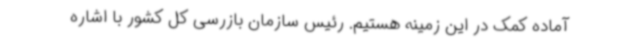
آماده کمک در این زمینه هستیم. رئیس سازمان بازرسی کل کشور با اشاره